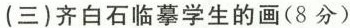
(三)齐白石临摹学生的画(8分)